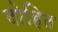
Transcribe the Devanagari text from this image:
दोहित